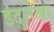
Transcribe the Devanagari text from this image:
इंदुशेखर